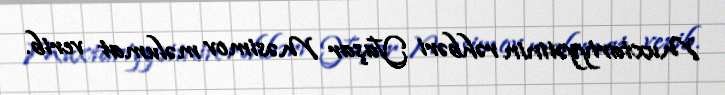
Muxtariyyətinin rəhbəri Yaşar Məsimov məlumat verib.